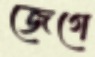
জেগে